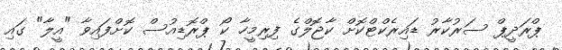
ޕްރަދީޕް ސަރުކާރު ޑައިރެކްޓްކޮށް ކާޖޮލްގެ ފިރިމީހާ ކޯ ޕްރޮޑިއުސް ކޮށްފައިވާ "އީލާ" ގައި